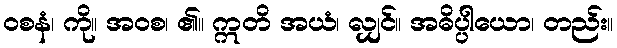
ဝစနံ၊ ကို။ အဝစ၊ ၏။ ဣတိ အယံ၊ လျှင်။ အဓိပ္ပါယော၊ တည်း။